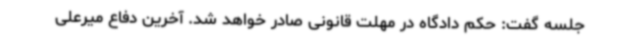
جلسه گفت: حکم دادگاه در مهلت قانونی صادر خواهد شد. آخرین دفاع میرعلی